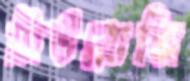
নিউরোজি